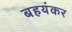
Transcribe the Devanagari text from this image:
बहयंकर